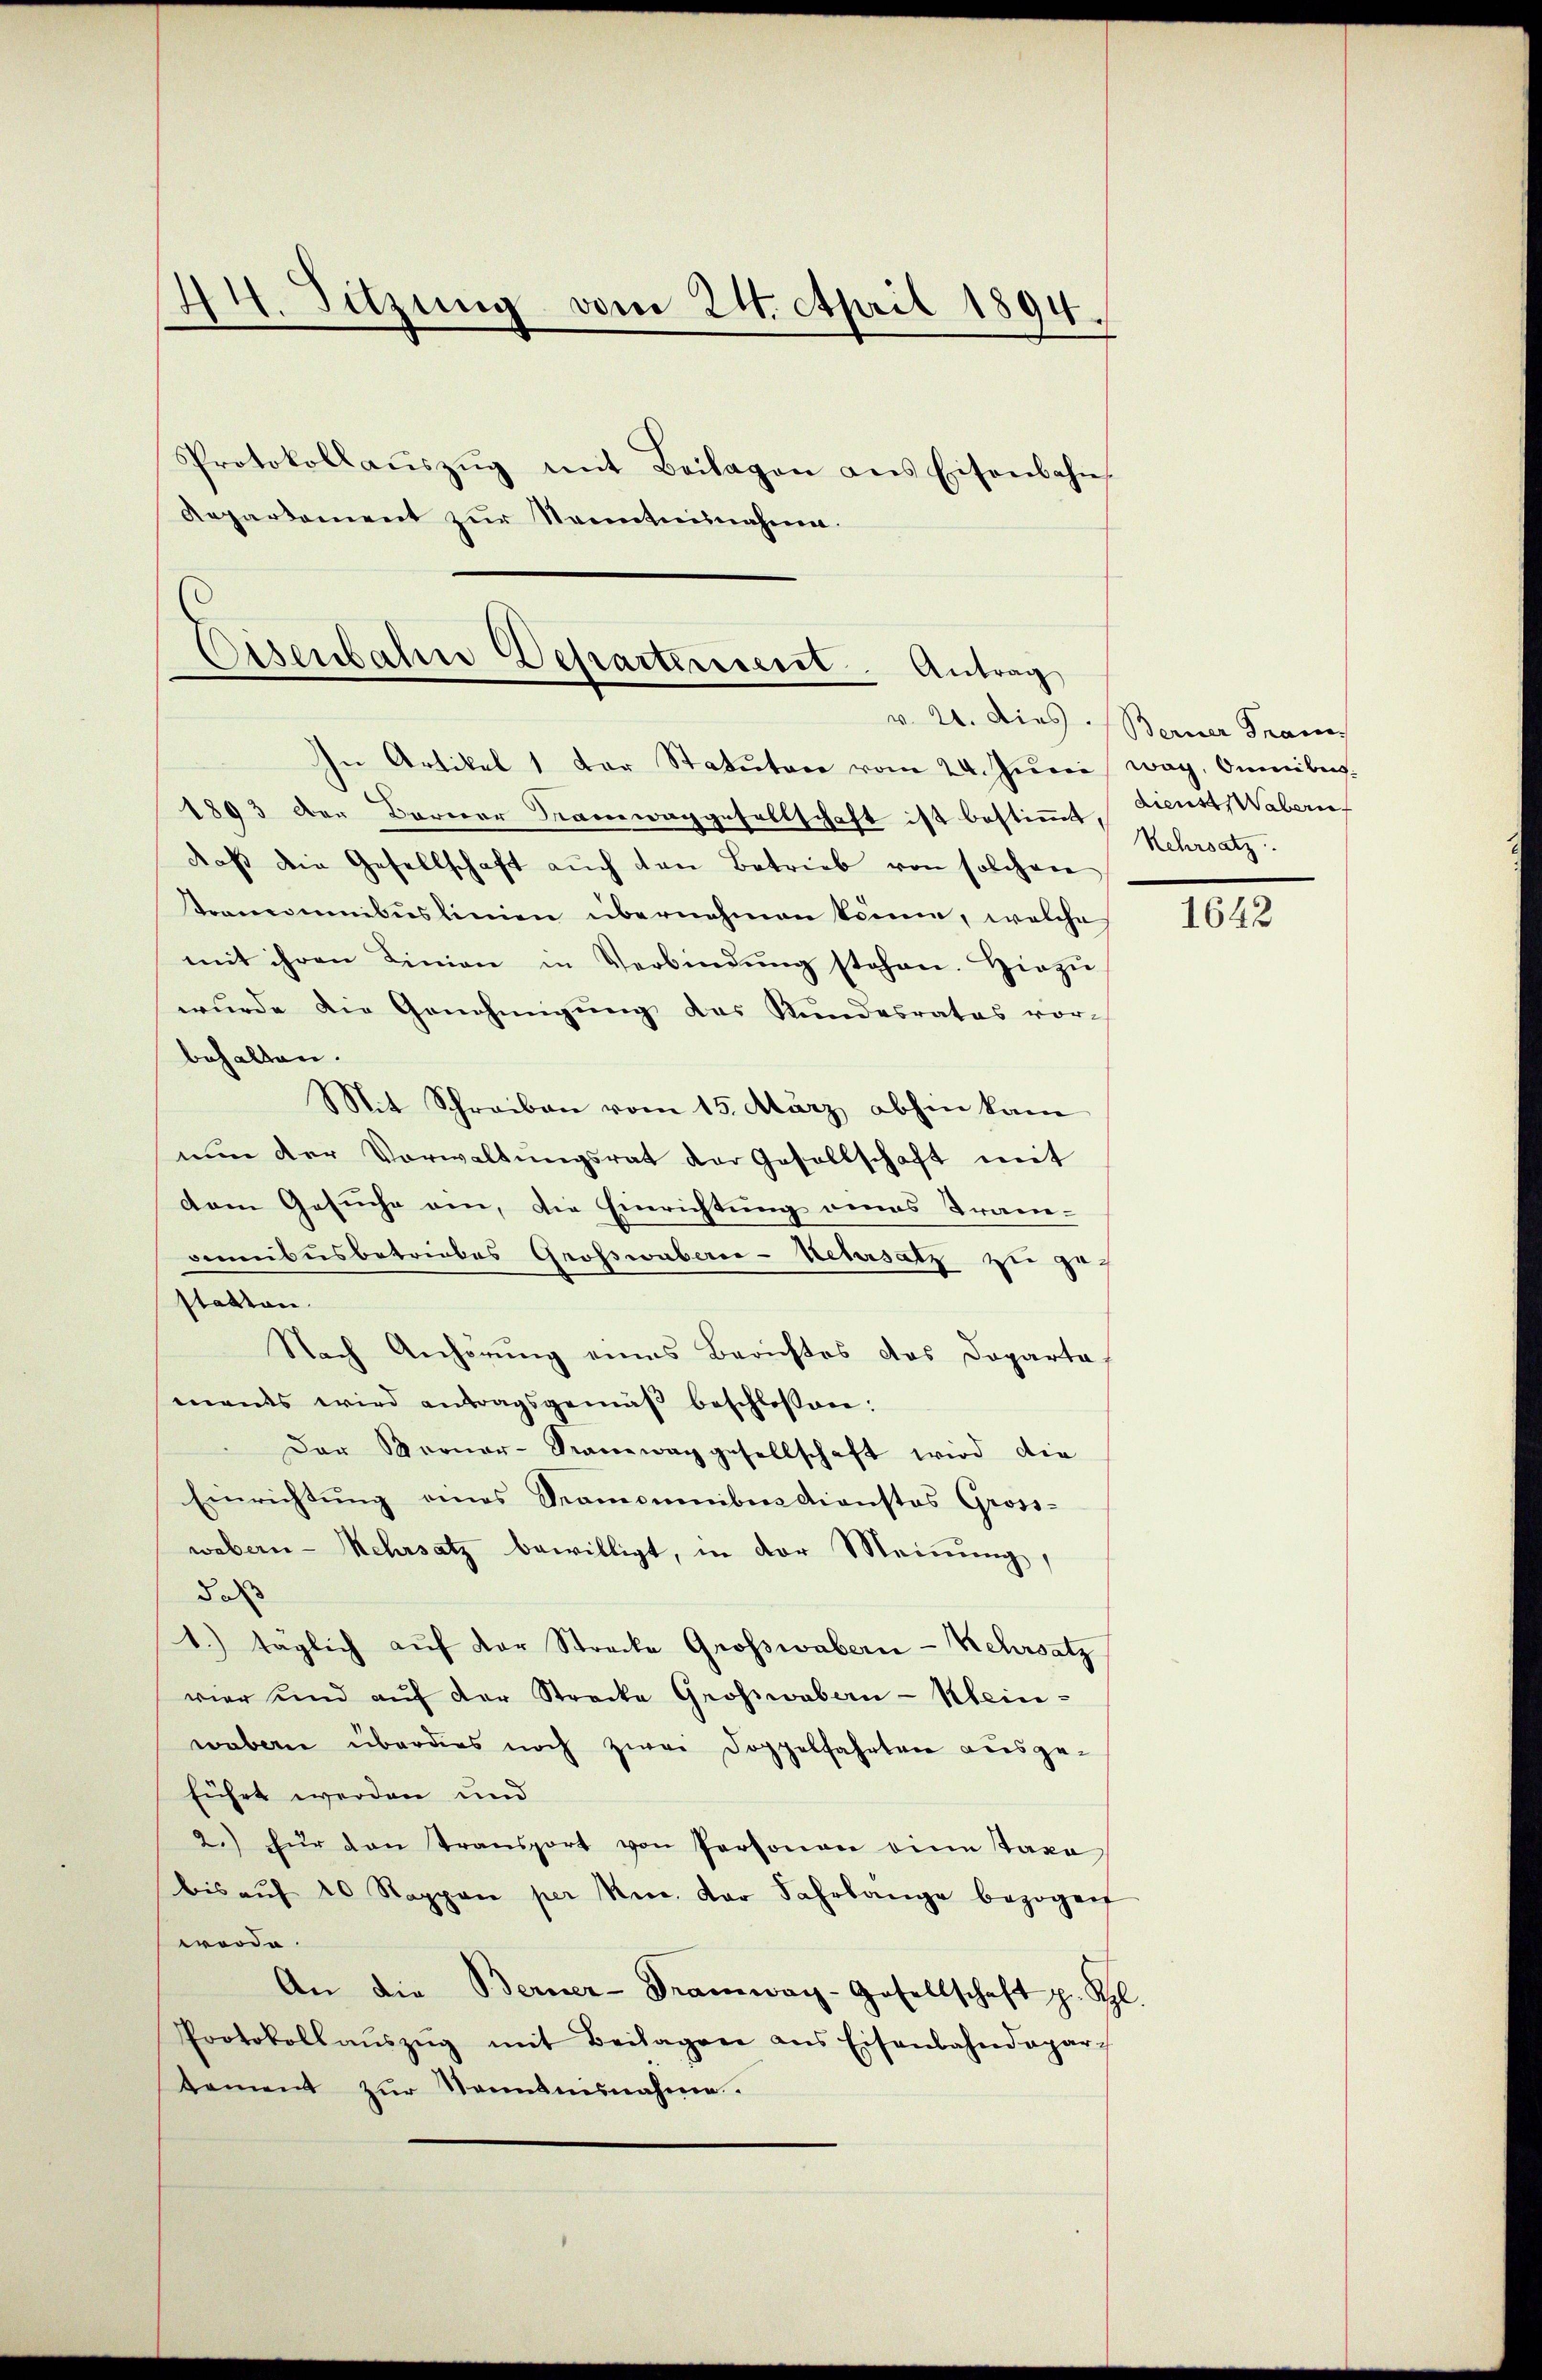
44. Sitzung vom 24. April 1894.
Protokollaŭszŭg mit Beilagen ans Eisenbahn-
Repartement zur Senntnisnahme.

In Artikel 1 der Statutare vom 24. Juni weg, Omnibus.
1893 der Berner Tramwaggesellschaft ist bestimmt, dienst Wabern
daβ die Gesellschaft aŭch den Betrieb von solchen
Pronominibuslinien übernehmen könne, welche
mit ihren Linien in Verbindŭng stehen. Hiezu
wŭrde die Genehmigŭng das Kundesrates vorbehalten.
Mit Schreiben vom 15. März abhin kam
nŭn der Vorwaltŭngsrat der Gesellschaft mit
dem Gesuche ein, die Einrichtung eines Tran-
omnibus betriebes Großwabern-Uebersatz zu gestatten.
Nach Anhörung eines Berichtes das Doparta
mands wird antragsgemäß beschlossen:
Der Berner-Sauwag gesellschaft wird die
Einrichtung eines Promomnibus dienstos Gross-
webern - Mehrsatz bewilligt, in der Meinung,
do
1.) täglich aŭf der Strecke Großwabern - Kehrsatz
vier und aŭf der Strecke Großwabern - Klein-
webern überdies noch zwei Doppelfahrten ausgeführt werden und
2.) für den Transport von Personen eine Taxo
bis aŭf 20 Rappen per m. Der Fahrlange bezogen
werde.
An die Berner-Bramway-Gesellschaft p. Kgl.
Protokollaŭszŭg mit Beilagen ans Eisenbahndepartement zŭr Kenntnisnahme.

Eisenbahre Departerescrit. Antrag

v. 24. Dies Berner Fran
Kehrsatz.

1642